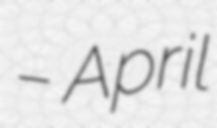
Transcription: – April